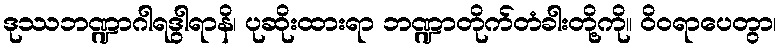
ဒုဿဘဏ္ဍာဂါရဒွါရာနိ၊ ပုဆိုးထားရာ ဘဏ္ဍာတိုက်တံခါးတို့ကို။ ဝိဝရာပေတွာ၊